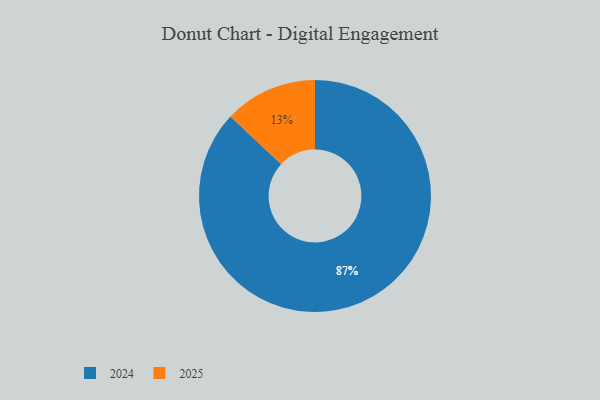
{"axis": {"x": "Category", "y": "Percentage"}, "legend": ["2024", "2025"], "data": [{"x": "2025", "y": 13, "type": "2025"}, {"x": "2024", "y": 87, "type": "2024"}]}